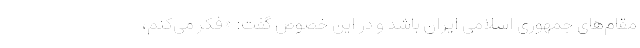
مقام‌های جمهوری اسلامی ایران باشد و در این خصوص گفت: «فکر می‌کنم،